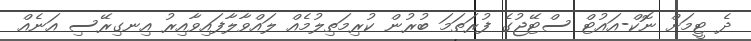
ދެ ޓީމަށް ނޮކް-އައުޓް ސްޓޭޖުގެ ފުރަތަމަ ބުރުން ކުރިމަތިލުމެއް ލައްވާލާފައިވާއިރު އިނގިރޭސި އަނެއް